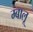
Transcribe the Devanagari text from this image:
म्बालू